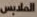
الملابس